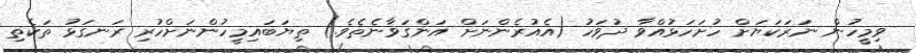
ވިމީހުން ނަރަކަޔަށް ހުށަހަޅުއްވާ ދުވަހު (އެއުރެންނަށް އަންގަވާނެތެވެ.) ތިޔަބައިމީހުންނަށްހުރި ރަނގަޅު ތަކެތި